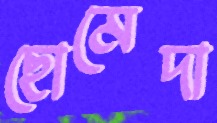
ছোমেদা